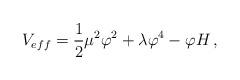
LaTeX: \begin{align*}V_{eff}=\frac{1}{2}\mu ^{2}\varphi ^{2}+\lambda\varphi^{4}-\varphi H\, ,\end{align*}